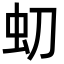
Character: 虭